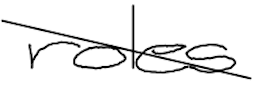
Text: roles
Cross-out: mix
Writing tool: digital_black